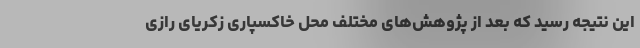
این نتیجه رسید که بعد از پژوهش‌های مختلف محل خاکسپاری زکریای رازی